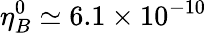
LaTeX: \eta_{B}^{0}\simeq 6.1\times 10^{-10}